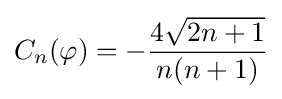
C_{n}(\varphi )=-{\frac {4{\sqrt {2n+1}}}{n(n+1)}}